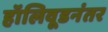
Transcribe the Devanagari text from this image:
हॉलिवूडनंतर